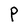
Character: P